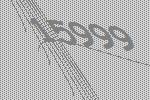
15999